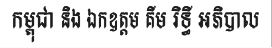
កម្ពុជា និង ឯកឧត្តម គីម រិទ្ធី អភិបាល